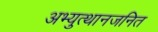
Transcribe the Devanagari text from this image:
अभ्युत्थानजनित